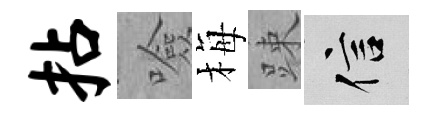
拈噞梅踈信